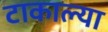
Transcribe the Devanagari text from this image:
टाकाल्या